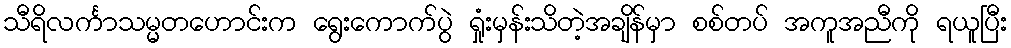
သီရိလင်္ကာသမ္မတဟောင်းက ရွေးကောက်ပွဲ ရှုံးမှန်းသိတဲ့အချိန်မှာ စစ်တပ် အကူအညီကို ရယူပြီး